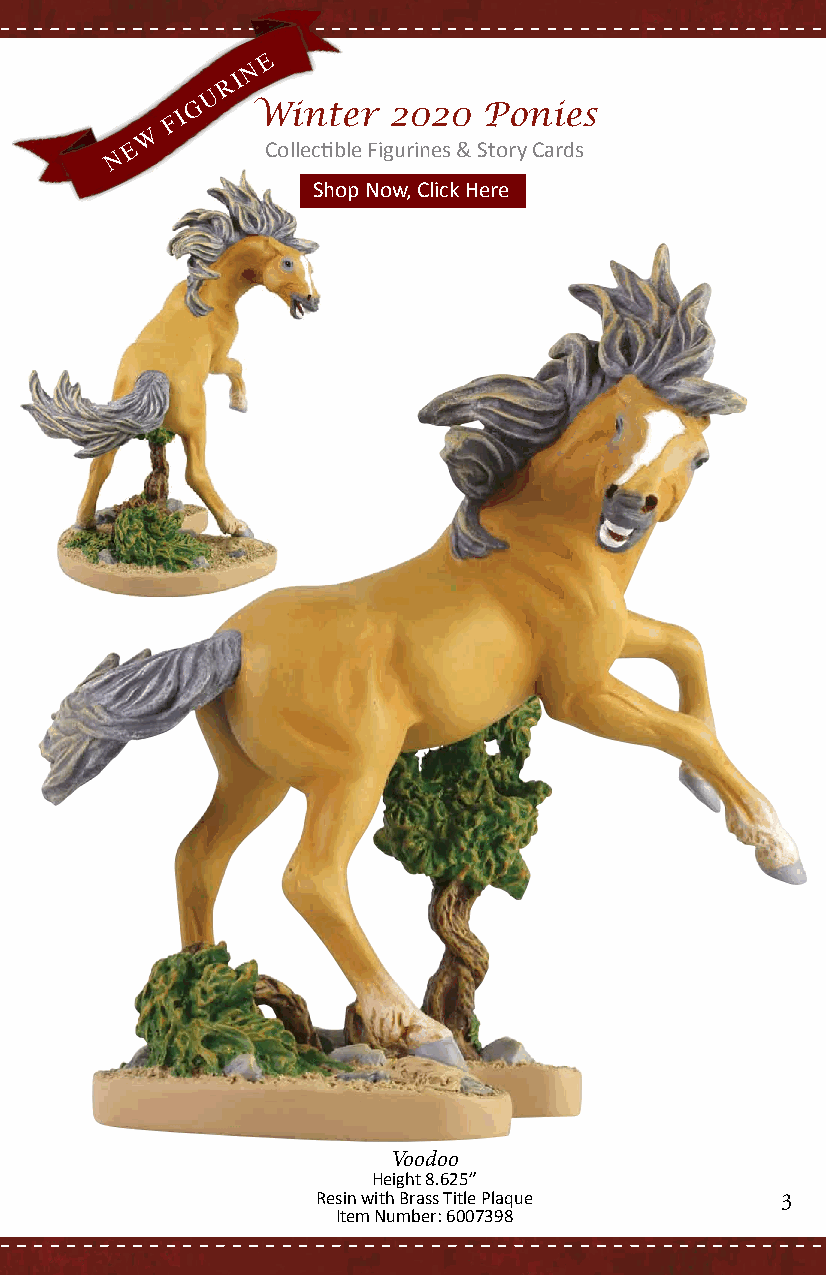
E
 N
 R I
 U
 G   Winter   2020  Ponies
 F I
 W
 E        Collectible Figurines & Story Cards
 N
 SShhoopp NNooww,, CClliicckk HHeerree
 Pony on Parade
 Voodoo
 Height 8.625”
 Resin with Brass Title Plaque  3
 Item Number: 6007398